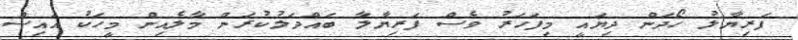
ފަރިޔާލު ހޯދަން ދިޔައީ މިފަހަރު ވެސް ފަރިޔާލާ ބައްދަލުކުރަން މާލެއިން މީހަކު އައިސް